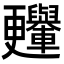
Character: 𣍛